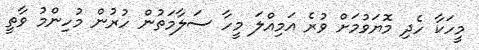
މީހަކާ ހެދި މޮޔަވުމަށް ވުރެ އަމިއްލަ މީހާ ސަލާމަތުން ހުރުން މުހިންމު ވާތީ